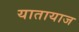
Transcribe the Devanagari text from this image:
यातायाज